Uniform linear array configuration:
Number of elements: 32
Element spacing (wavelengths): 1
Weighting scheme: kaiser
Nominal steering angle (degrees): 60
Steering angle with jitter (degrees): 59.327
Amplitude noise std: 0.05
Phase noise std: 0.05

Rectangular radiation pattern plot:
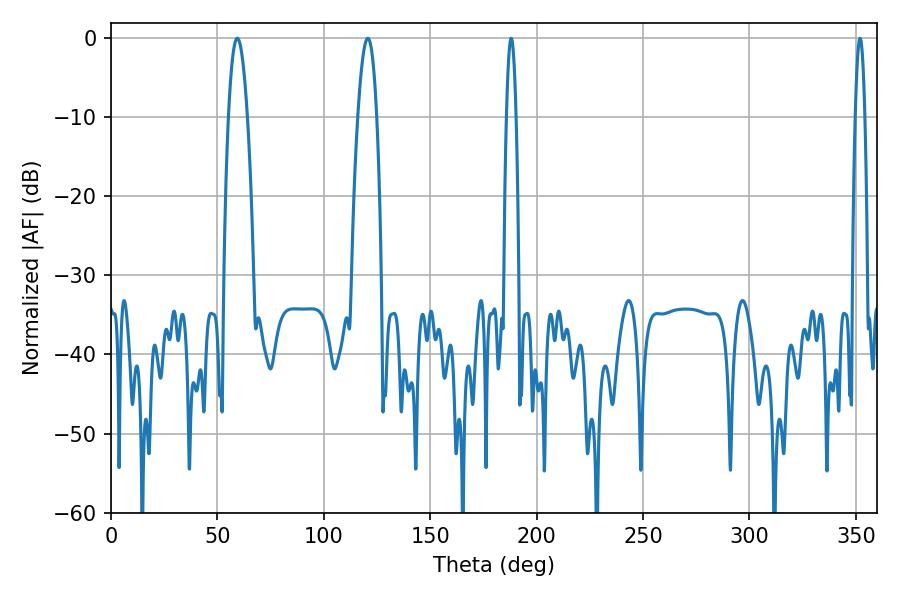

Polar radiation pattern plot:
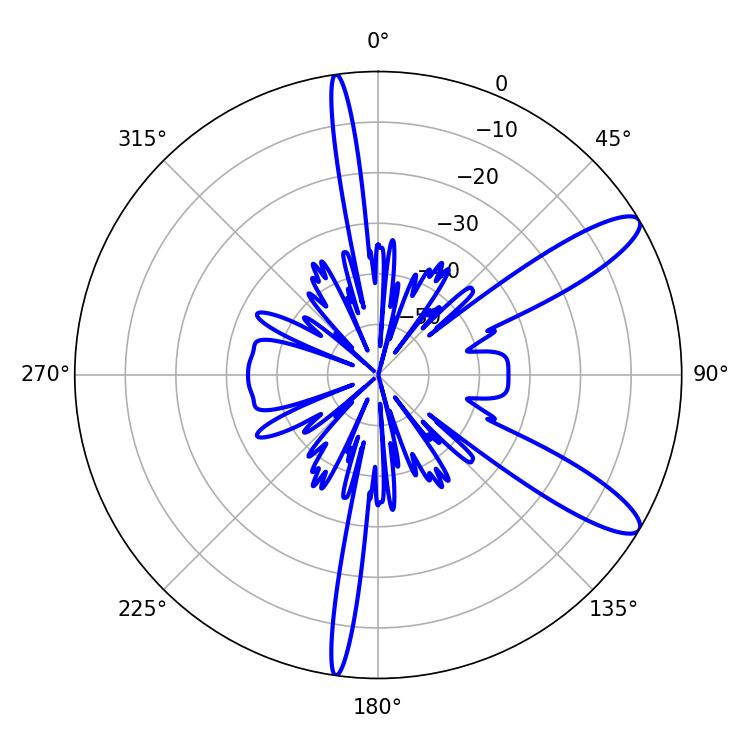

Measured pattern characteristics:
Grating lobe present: TRUE
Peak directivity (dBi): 11.364
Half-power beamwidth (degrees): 4.86
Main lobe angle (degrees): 59.4